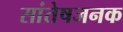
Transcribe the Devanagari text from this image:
सांतेषजनक